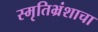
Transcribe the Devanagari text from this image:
स्मृतिभ्रंशाचा